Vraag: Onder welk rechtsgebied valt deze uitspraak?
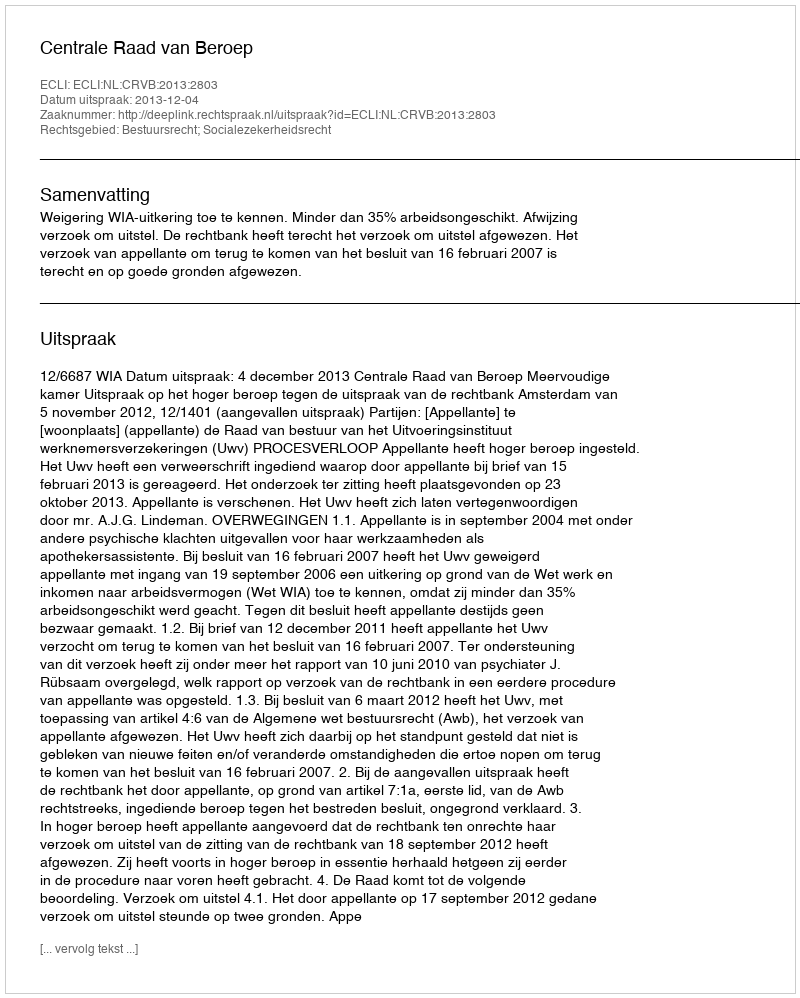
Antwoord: Bestuursrecht; Socialezekerheidsrecht